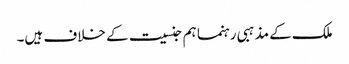
ملک کے مذہبی رہنما ہم جنسیت کے خلاف ہیں۔